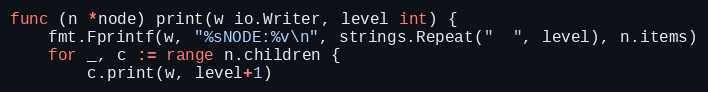
Language: Go
func (n *node) print(w io.Writer, level int) {
	fmt.Fprintf(w, "%sNODE:%v\n", strings.Repeat("  ", level), n.items)
	for _, c := range n.children {
		c.print(w, level+1)